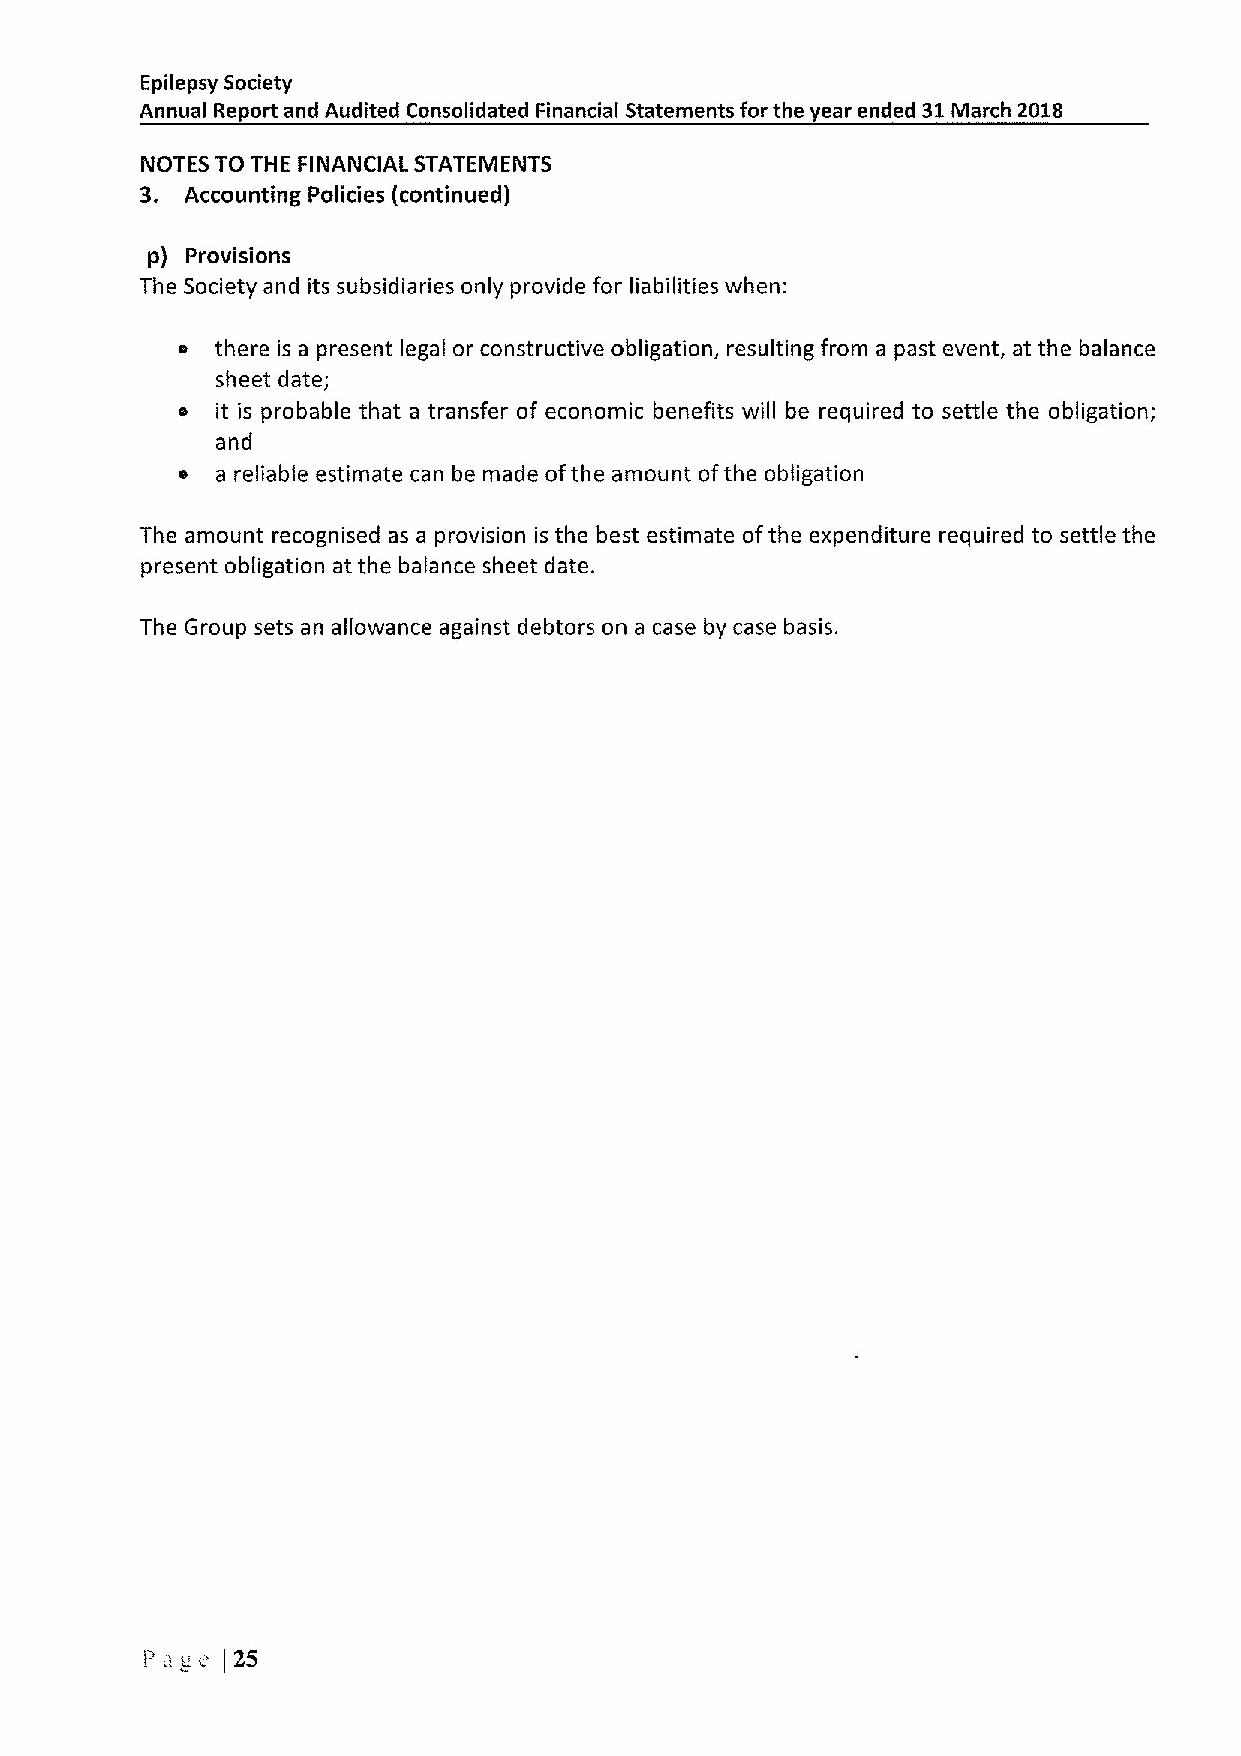
Epilepsy Society
 Annual Report and Audited Consolidated Financial Statements for the year ended 31Iviarch 2018
 NOTES TO THE FINANCIAL STATEMENTS
 3. Accounting Policies (continued)
 p) Provisions
 The Society and its subsidiaries only provide for liabilities when:
 e there is a present legal or constructive obligation, resulting from a past event, at the balance
 sheet date;
 o it is probable that a transfer of economic benefits will be required to settle the obligation;
 and
 o a reliable estimate can be made ofthe amount ofthe obligation
 The amount recognised as a provision is the best estimate ofthe expenditure required to settle the
 present obligation at the balance sheet date.
 The Group sets an allowance against debtors on a case by case basis.
 Pa„v
 (25